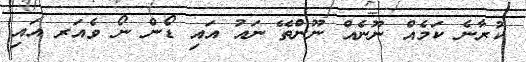
ކުރާނެ ކަމެއް ނޫނެއް ނޫންތޭ ނައު އައި ޑޯން ނޯ ވެއަރ އައި